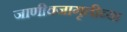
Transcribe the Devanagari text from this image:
जाणीवजागृतीच्या